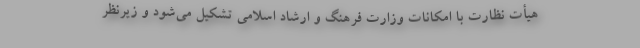
هیأت نظارت با امکانات وزارت فرهنگ و ارشاد اسلامی تشکیل می‌شود و زیرنظر